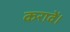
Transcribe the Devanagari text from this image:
करावें।